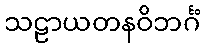
သဠာယတနဝိဘင်္ဂံ